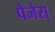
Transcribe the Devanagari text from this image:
पेजेस्